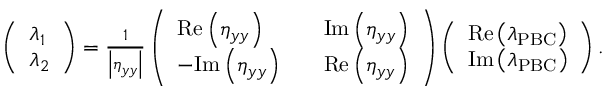
\begin{array} { r } { \left( \begin{array} { l } { \lambda _ { 1 } } \\ { \lambda _ { 2 } } \end{array} \right) = \frac { 1 } { \left| \eta _ { y y } \right| } \left( \begin{array} { l l l } { \mathrm { R e } \left( \eta _ { y y } \right) } & & { \mathrm { I m } \left( \eta _ { y y } \right) } \\ { - \mathrm { I m } \left( \eta _ { y y } \right) } & & { \mathrm { R e } \left( \eta _ { y y } \right) } \end{array} \right) \left( \begin{array} { l } { \mathrm { R e } \left( \lambda _ { \mathrm { P B C } } \right) } \\ { \mathrm { I m } \left( \lambda _ { \mathrm { P B C } } \right) } \end{array} \right) . } \end{array}